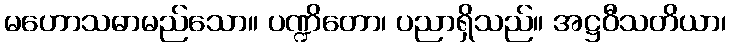
မဟောသဓာမည်သော။ ပဏ္ဍိတော၊ ပညာရှိသည်။ အဋ္ဌဝီသတိယာ၊